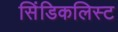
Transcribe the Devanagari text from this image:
सिंडिकलिस्ट